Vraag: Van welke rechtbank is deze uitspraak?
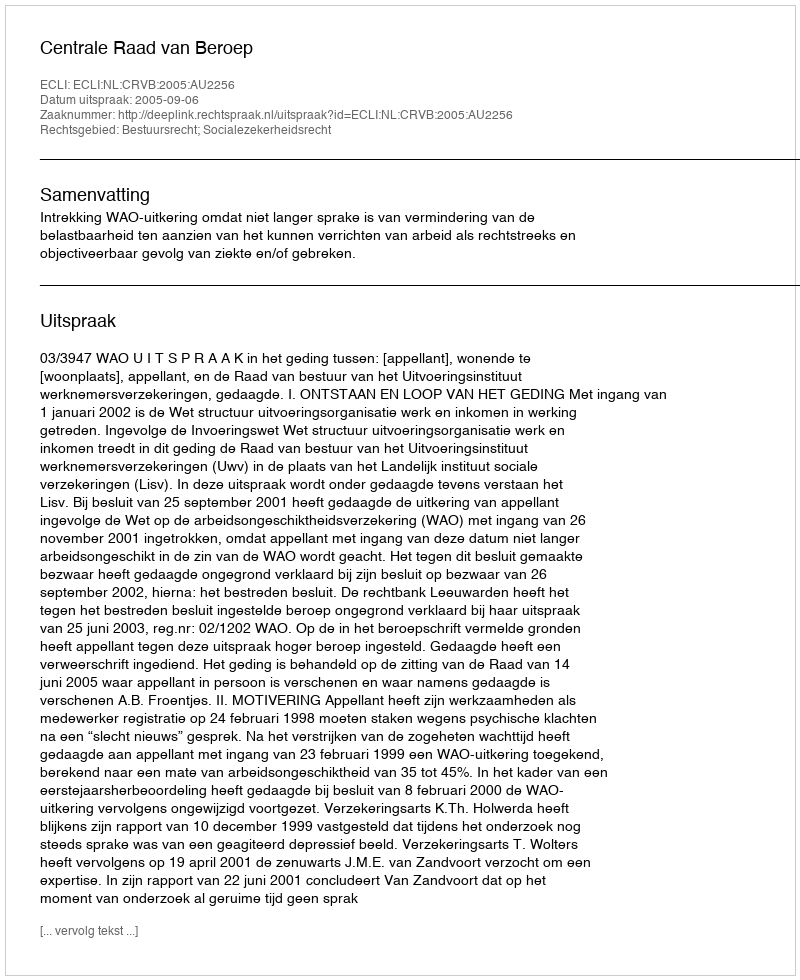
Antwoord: Centrale Raad van Beroep